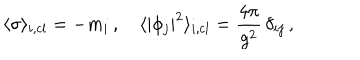
LaTeX: \langle \sigma \rangle _ { i , \mathrm { c l } } = - m _ { i } \, , \quad \langle | \phi _ { j } | ^ { 2 } \rangle _ { i , \mathrm { c l } } = { \frac { 4 \pi } { g ^ { 2 } } } \, \delta _ { i j } \, ,